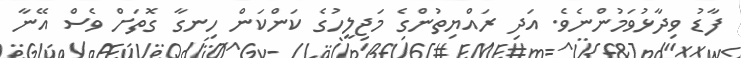
ފާޑު ވިދާޅުވަމުންނެވެ. އަދި ރައްޔިތުންގެ މަޖިލީހުގެ ކަންކަން ހިނގާ ގޮތަށް ވެސް އޭނާ